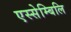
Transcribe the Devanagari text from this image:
एस्सेम्बिलि